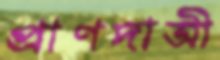
প্রাণদাত্রী